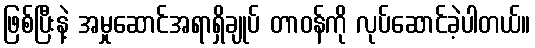
ဖြစ်ပြီးနဲ့ အမှုဆောင်အရာရှိချုပ် တာဝန်ကို လုပ်ဆောင်ခဲ့ပါတယ်။